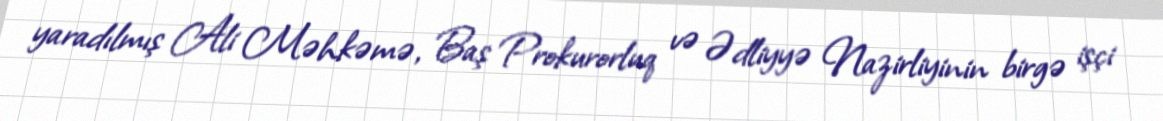
yaradılmış Ali Məhkəmə, Baş Prokurorluq və Ədliyyə Nazirliyinin birgə işçi